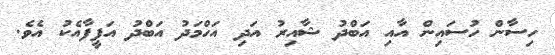
ހިސާން ހުސައިން އާއި އަބްދު ޝާއިރު އަދި އަހްމަދު އަބްދު އަފީފާއެކު އެވެ.